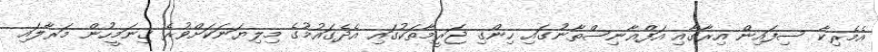
އެމެރިކާ ސިފައިން އިރާގާއި އަފްޣާނިސްތާނުގައި ހިންގި ޖަރީމާތަކުގައި އެދެގައުމުގެ މިލިޔަނަކަށްވުރެ ގިނަމީހުން މަރާލައި